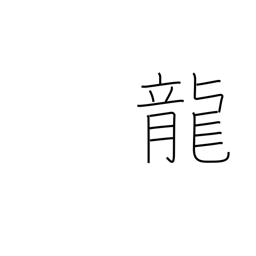
Meaning: dragon